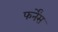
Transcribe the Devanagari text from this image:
फर्नेंस